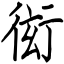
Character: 衒